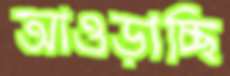
আওড়াচ্ছি